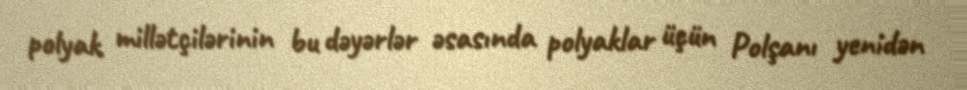
polyak millətçilərinin bu dəyərlər əsasında polyaklar üçün Polşanı yenidən